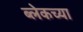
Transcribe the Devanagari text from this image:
ब्लेकच्या